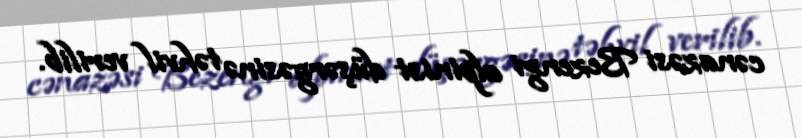
cənazəsi Bezengi alpinist düşərgəsinə təhvil verilib.